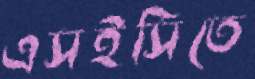
এসইসিতে